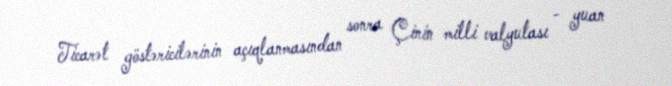
Ticarət göstəricilərinin açıqlanmasından sonra Çinin milli valyutası - yuan